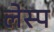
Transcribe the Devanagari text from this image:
लेस्प